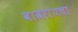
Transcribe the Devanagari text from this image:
वावरायचा